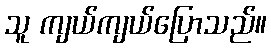
သူ ကျယ်ကျယ်ပြောသည်။